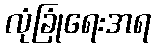
လုံခြုံရေးအရ